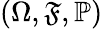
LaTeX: (\Omega,{\mathfrak{F}},\mathbb{P})